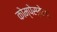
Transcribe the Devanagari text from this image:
कोम्पेस्तेला